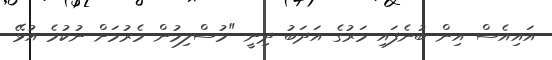
އައިއެސް އިން ބުނެފައި މަރުގެ އަދަބު ދިނީ "މުސްލިމުން މެރުމަށް ނުކުމެ އުޅޭ